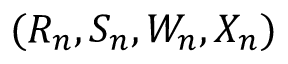
( R _ { n } , S _ { n } , W _ { n } , X _ { n } )